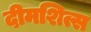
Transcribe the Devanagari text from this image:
दीमशित्स